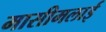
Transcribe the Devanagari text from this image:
मासीमलाई